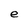
Character: e